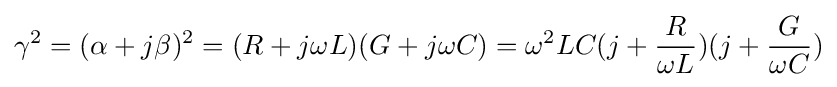
\gamma ^{2}=(\alpha +j\beta )^{2}=(R+j\omega L)(G+j\omega C)=\omega ^{2}LC(j+{\frac {R}{\omega L}})(j+{\frac {G}{\omega C}})